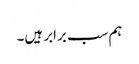
ہم سب برابر ہیں۔